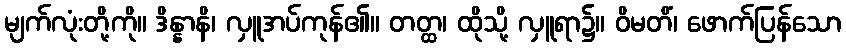
မျက်လုံးတို့ကို။ ဒိန္နာနိ၊ လှူအပ်ကုန်၏။ တတ္ထ၊ ထိုသို့ လှူရာ၌။ ဝိမတိံ၊ ဖောက်ပြန်သော